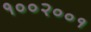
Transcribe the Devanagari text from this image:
१००२००१